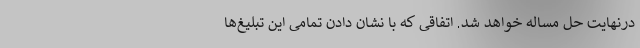
درنهایت حل مساله خواهد شد. اتفاقی که با نشان دادن تمامی این تبلیغ‌ها